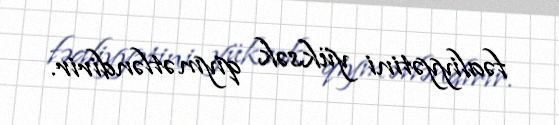
fəaliyyətini yüksək qiymətləndirir.